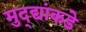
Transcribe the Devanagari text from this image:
मुद्‍द्यांकडे